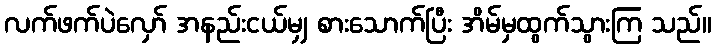
လက်ဖက်ပဲလှော် အနည်းငယ်မျှ စားသောက်ပြီး အိမ်မှထွက်သွားကြ သည်။